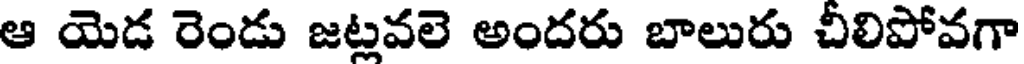
ఆ యెడ రెండు జట్లవలె అందరు బాలురు చీలిపోవగా